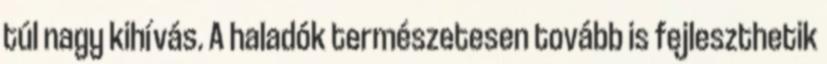
túl nagy kihívás. A haladók természetesen tovább is fejleszthetik